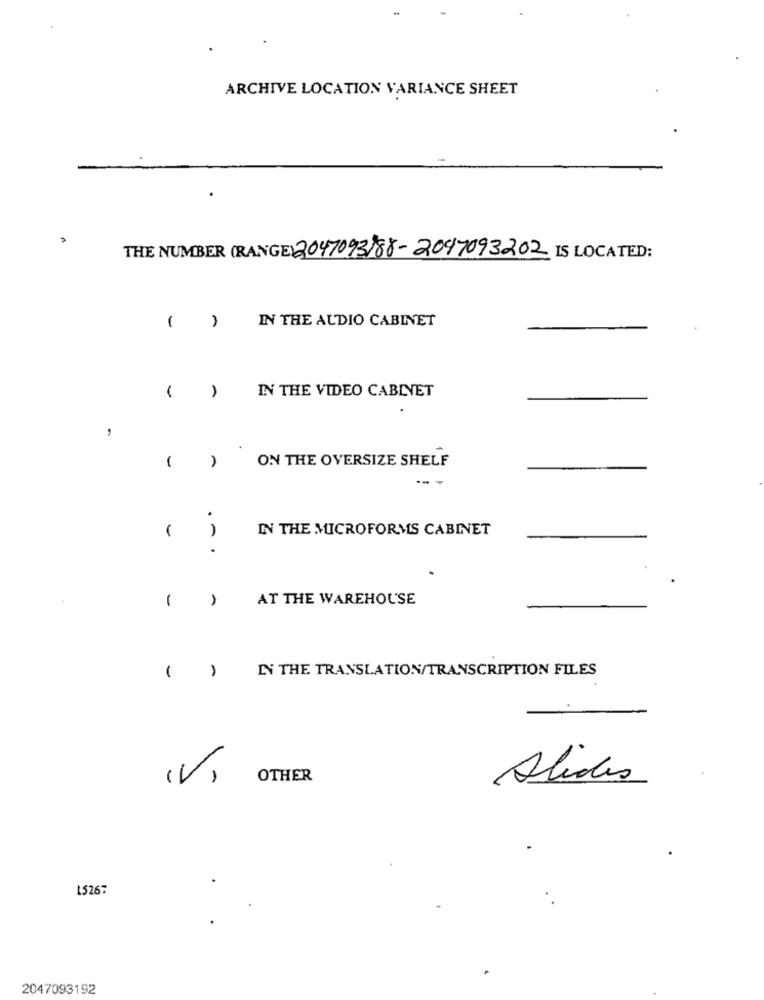
ARCHIVE LOCATION VARIANCE SHEET
THE NUMBER (RANGE) 2047093)88-2097093202 IS LOCATED:
( )
IN THE AUDIO CABINET
1
IN THE VIDEO CABINET
ON THE OVERSIZE SHELF
-
.
-
IN THE MICROFORMS CABINET
.
1
AT THE WAREHOUSE
IN THE TRANSLATION/TRANSCRIPTION FILES
( )
(V)
OTHER
Alides
1526:
2047093192